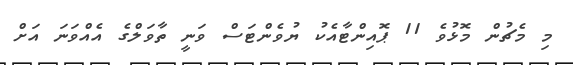
މި މެޗުން މޮޅުވެ 11 ޕޮއިންޓާއެކު ޔުވެންޓަސް ވަނީ ތާވަލްގެ އެއްވަަނަ އަށް